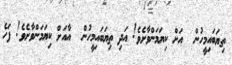
ތިޔަބައިމީހުން  އަށް ކިޔަމަންވާށެވެ! އަދި ތިޔަބައިމީހުން  އާއަށް ކިޔަމަންވާށެވެ! ފަހެ